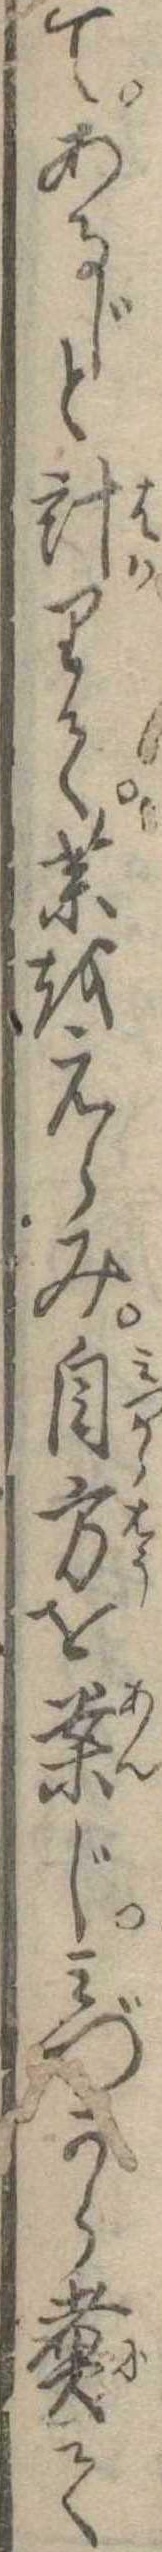
てあるじと計りて薬をえらみ自方を案じみづから煮て